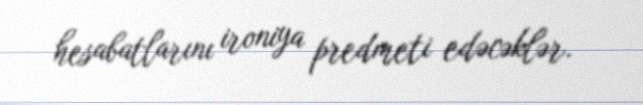
hesabatlarını ironiya predmeti edəcəklər.